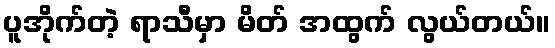
ပူအိုက်တဲ့ ရာသီမှာ မိတ် အထွက် လွယ်တယ်။